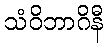
သံဝိဘာဂိနီ